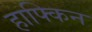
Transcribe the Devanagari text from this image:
हाफ्किन